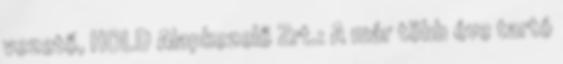
vezető, HOLD Alapkezelő Zrt.: A már több éve tartó